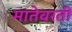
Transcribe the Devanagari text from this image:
मातेवरती